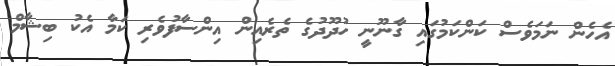
އެހެން ނަމަވެސް ކަންކަމުގައި ގާނޫނީ ހުދޫދުގެ ތެރެއިން އިންސާފުވެރި ކަމާ އެކު ބިޝާމް